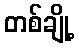
တစ်ချို့